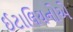
ઈટાલિયનોએ